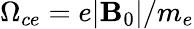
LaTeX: {\Omega_{ce}=e|\mathbf B_{0}|/m_{e}}